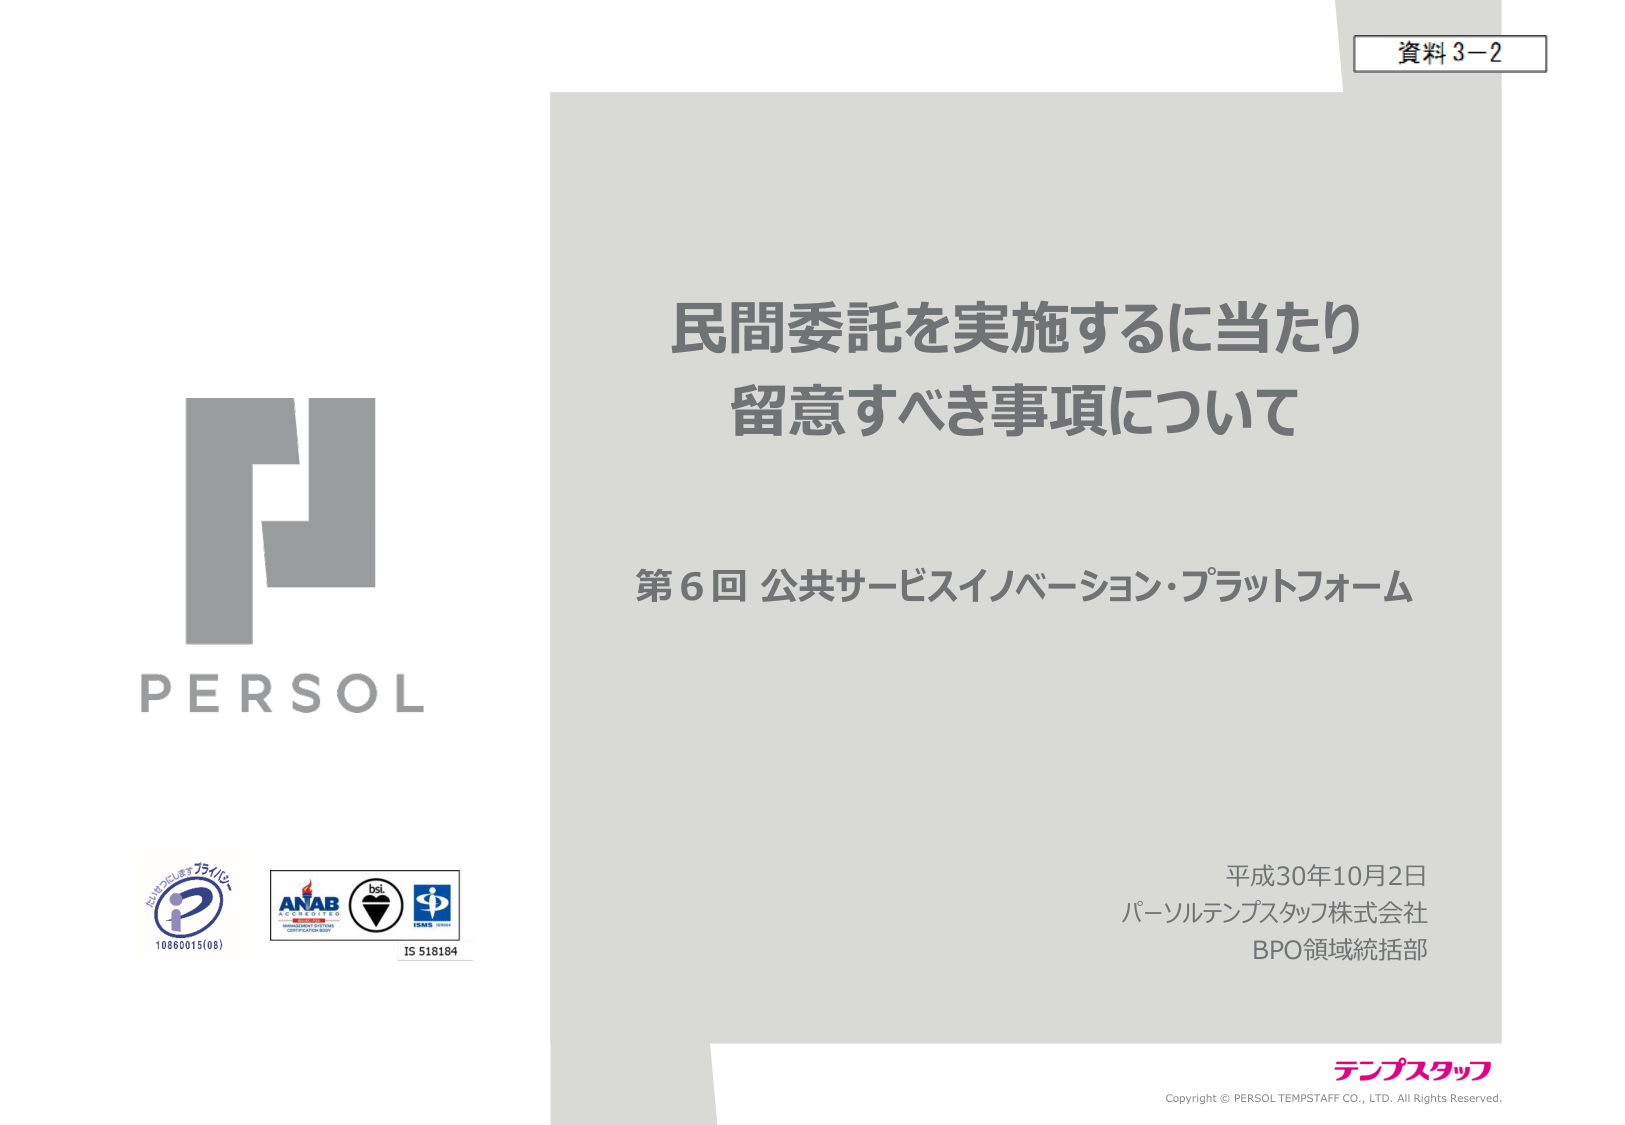
資料3-2

民間委託を実施するに当たり
留意すべき事項について

第6回 公共サービスイノベーション・プラットフォーム

平成30年10月2日
パーソルテンプスタッフ株式会社
BPO領域統括部

PERSOL

社内にしますプライバシー
10860015(08)

ANAB
bsi
ISMS
IS 518184

テンプスタッフ
Copyright © PERSOL TEMPSTAFF CO., LTD. All Rights Reserved.